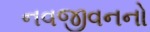
નવજીવનનો